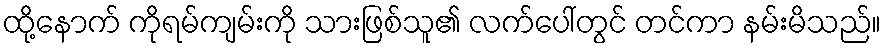
ထို့နောက် ကိုရမ်ကျမ်းကို သားဖြစ်သူ၏ လက်ပေါ်တွင် တင်ကာ နမ်းမိသည်။